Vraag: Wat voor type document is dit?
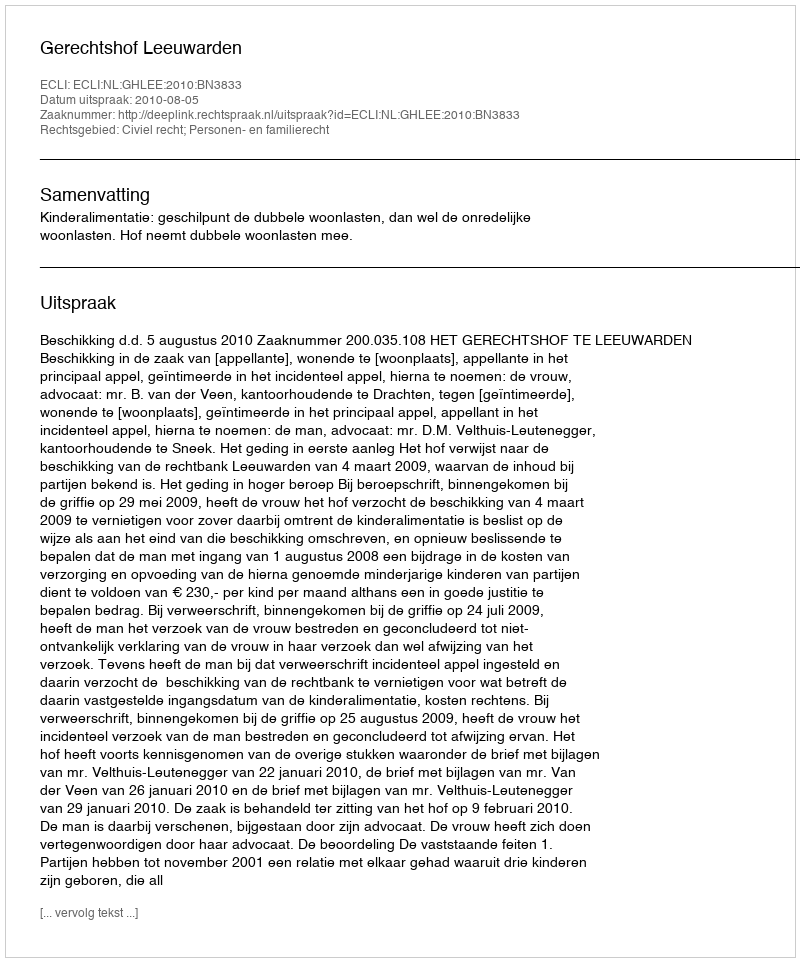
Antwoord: Uitspraak